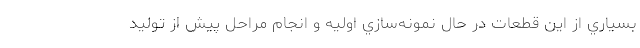
بسياري از اين قطعات در حال نمونه‌سازي اوليه و انجام مراحل پيش از توليد